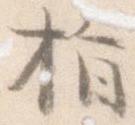
指